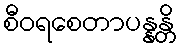
စီဝရစေတာပန္နန္တိ